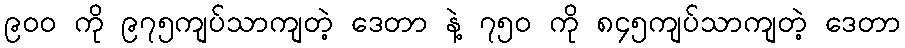
၉၀၀ ကို ၉၇၅ကျပ်သာကျတဲ့ ဒေတာ နဲ့ ၇၅၀ ကို ၈၄၅ကျပ်သာကျတဲ့ ဒေတာ